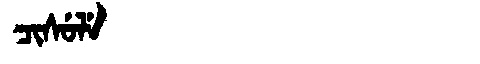
Manchu: ᠴᡳᠰᡠᠯᡝ
Romanization: CISULE